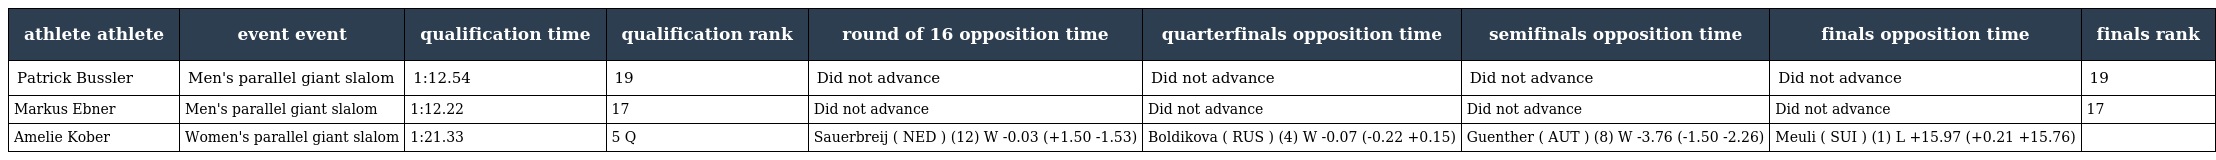
| athlete athlete | event event | qualification time | qualification rank | round of 16 opposition time | quarterfinals opposition time | semifinals opposition time | finals opposition time | finals rank |
 | --- | --- | --- | --- | --- | --- | --- | --- | --- |
 | Patrick Bussler | Men's parallel giant slalom | 1:12.54 | 19 | Did not advance | Did not advance | Did not advance | Did not advance | 19 |
 | Markus Ebner | Men's parallel giant slalom | 1:12.22 | 17 | Did not advance | Did not advance | Did not advance | Did not advance | 17 |
 | Amelie Kober | Women's parallel giant slalom | 1:21.33 | 5 Q | Sauerbreij ( NED ) (12) W -0.03 (+1.50 -1.53) | Boldikova ( RUS ) (4) W -0.07 (-0.22 +0.15) | Guenther ( AUT ) (8) W -3.76 (-1.50 -2.26) | Meuli ( SUI ) (1) L +15.97 (+0.21 +15.76) |  |